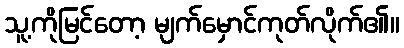
သူ့ကိုမြင်တော့ မျက်မှောင်ကုတ်လိုက်၏။